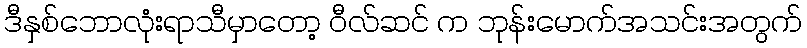
ဒီနှစ်ဘောလုံးရာသီမှာတော့ ဝီလ်ဆင် က ဘုန်းမောက်အသင်းအတွက်